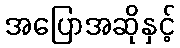
အပြောအဆိုနှင့်